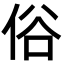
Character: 俗